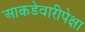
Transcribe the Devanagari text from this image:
आकडेवारीपेक्षा